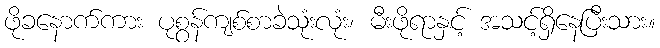
ဖိုခနောက်ကား ပုစွန်ကျစ်စာခဲသုံးလုံး၊ မီးဖိုရာနှင့် အသင့်ရှိနေပြီးသား။